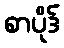
စာပိုဒ်